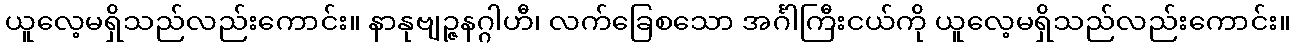
ယူလေ့မရှိသည်လည်းကောင်း။ နာနုဗျဉ္ဇနဂ္ဂါဟီ၊ လက်ခြေစသော အင်္ဂါကြီးငယ်ကို ယူလေ့မရှိသည်လည်းကောင်း။